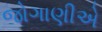
જોગાણીએ